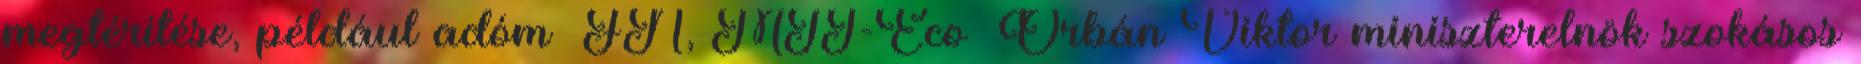
megtérítése, például adóm FN, MTI-Eco Orbán Viktor miniszterelnök szokásos